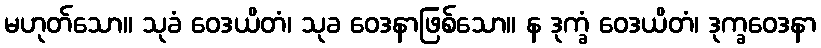
မဟုတ်သော။ သုခံ ဝေဒယိတံ၊ သုခ ဝေဒနာဖြစ်သော။ န ဒုက္ခံ ဝေဒယိတံ၊ ဒုက္ခဝေဒနာ